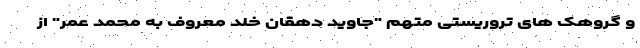
و گروهک های تروریستی متهم "جاوید دهقان خلد معروف به محمد عمر" از